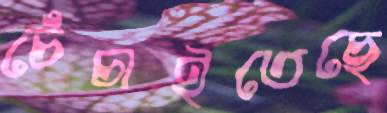
চেঁচাইতেছে